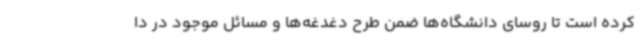
کرده است تا روسای دانشگاه‌ها ضمن طرح دغدغه‌ها و مسائل موجود در دا